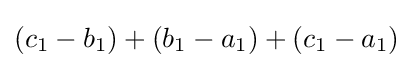
(c_{1}-b_{1})+(b_{1}-a_{1})+(c_{1}-a_{1})